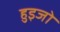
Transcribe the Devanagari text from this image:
हुइजो